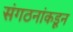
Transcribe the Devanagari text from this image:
संगठनांकडून